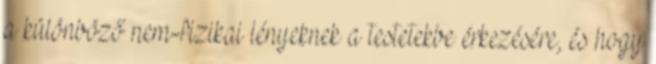
a különböző nem-fizikai lényeknek a testetekbe érkezésére, és hogy